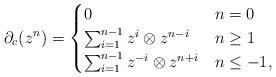
LaTeX: \begin{align*}\partial_{c}(z^{n})=\begin{cases} 0 & n=0 \\\sum_{i=1}^{n-1} z^{i}\otimes z^{n-i} & n\ge1 \\\sum_{i=1}^{n-1} z^{-i}\otimes z^{n+i} & n\le -1,\end{cases} \end{align*}